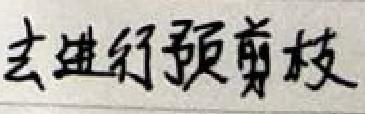
去进行预剪枝